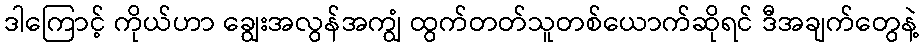
ဒါကြောင့် ကိုယ်ဟာ ချွေးအလွန်အကျွံ ထွက်တတ်သူတစ်ယောက်ဆိုရင် ဒီအချက်တွေနဲ့